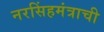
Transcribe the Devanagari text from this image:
नरसिंहमंत्राची